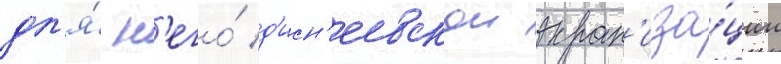
дл'я́ н'его́ д'исн'еевскои экран'иза́ции